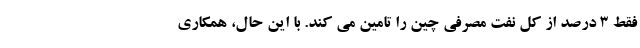
فقط 3 درصد از کل نفت مصرفی چین را تامین می کند. با این حال، همکاری